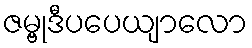
ဇမ္ဗုဒီပပေယျာလော